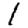
Digit: 1